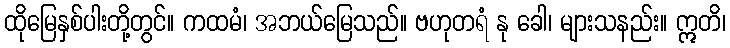
ထိုမြေနှစ်ပါးတို့တွင်။ ကထမံ၊ အဘယ်မြေသည်။ ဗဟုတရံ နု ခေါ၊ များသနည်း။ ဣတိ၊